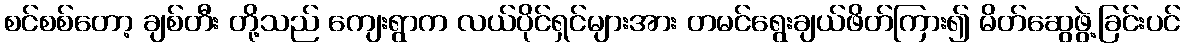
စင်စစ်တော့ ချစ်တီး တို့သည် ကျေးရွာက လယ်ပိုင်ရှင်များအား တမင်ရွေးချယ်ဖိတ်ကြား၍ မိတ်ဆွေဖွဲ့ခြင်းပင်